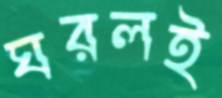
ঘরলই